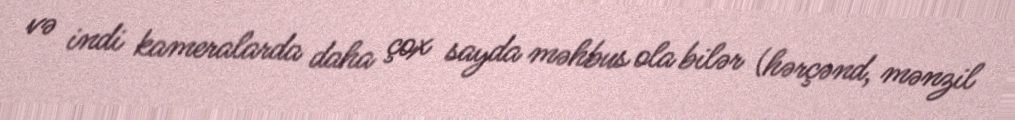
və indi kameralarda daha çox sayda məhbus ola bilər (hərçənd, mənzil